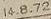
14.8.72